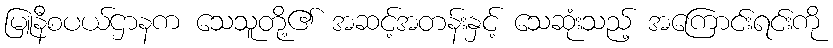
မြူနီစပယ်ဌာနက သေသူတို့၏ အဆင့်အတန်းနှင့် သေဆုံးသည့် အကြောင်းရင်းကို